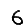
Digit: 6